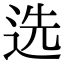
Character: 选